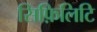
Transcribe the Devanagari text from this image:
सिफ़िलिटि